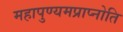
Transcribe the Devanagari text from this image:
महापुण्यमप्राप्नोति